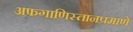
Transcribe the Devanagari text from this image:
अफगाणिस्तानप्रमाणे